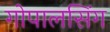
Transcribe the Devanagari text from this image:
गोपालसिंग